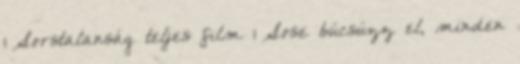
1 Sorstalanság teljes film 1 Sose búcsúzz el, minden